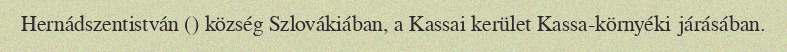
Hernádszentistván () község Szlovákiában, a Kassai kerület Kassa-környéki járásában.